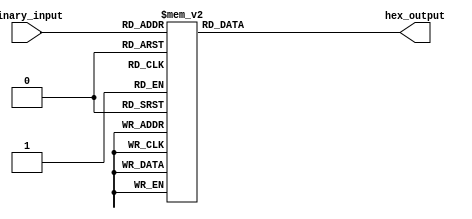
module display_HEX_Bin2HexorDec(binary_input, hex_output);
  input [3:0] binary_input;
  output reg [0:6] hex_output;
  always begin
    case(binary_input)
      0:hex_output=7'b0000001;
      1:hex_output=7'b1001111;
      2:hex_output=7'b0010010;
      3:hex_output=7'b0000110;
      4:hex_output=7'b1001100;
      5:hex_output=7'b0100100;
      6:hex_output=7'b0100000;
      7:hex_output=7'b0001111;
      8:hex_output=7'b0000000;
      9:hex_output=7'b0001100;
      10:hex_output=7'b0001000;
      11:hex_output=7'b1100000;
      12:hex_output=7'b0110001;
      13:hex_output=7'b1000010;
      14:hex_output=7'b0110000;
      15:hex_output=7'b0111000;
    endcase
  end
endmodule